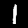
Digit: 1